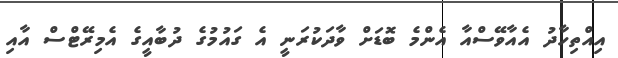
އިއްތިހާދު އެއާވޭސްއާ އެންމެ ބޮޑަށް ވާދަކުރަނީ އެ ގައުމުގެ ދުބާއީގެ އެމިރޭޓްސް އާއި